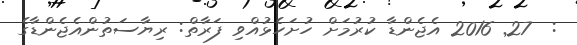
:  27